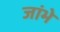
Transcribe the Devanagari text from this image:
जांभे